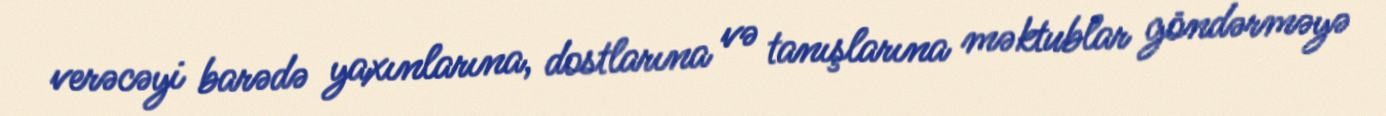
verəcəyi barədə yaxınlarına, dostlarına və tanışlarına məktublar göndərməyə